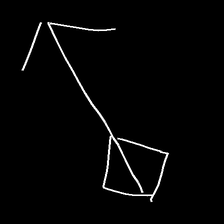
Glyph: focus